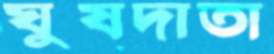
ঘুষদাতা